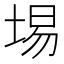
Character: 埸